Trukikaitis_Postimees, lk 6
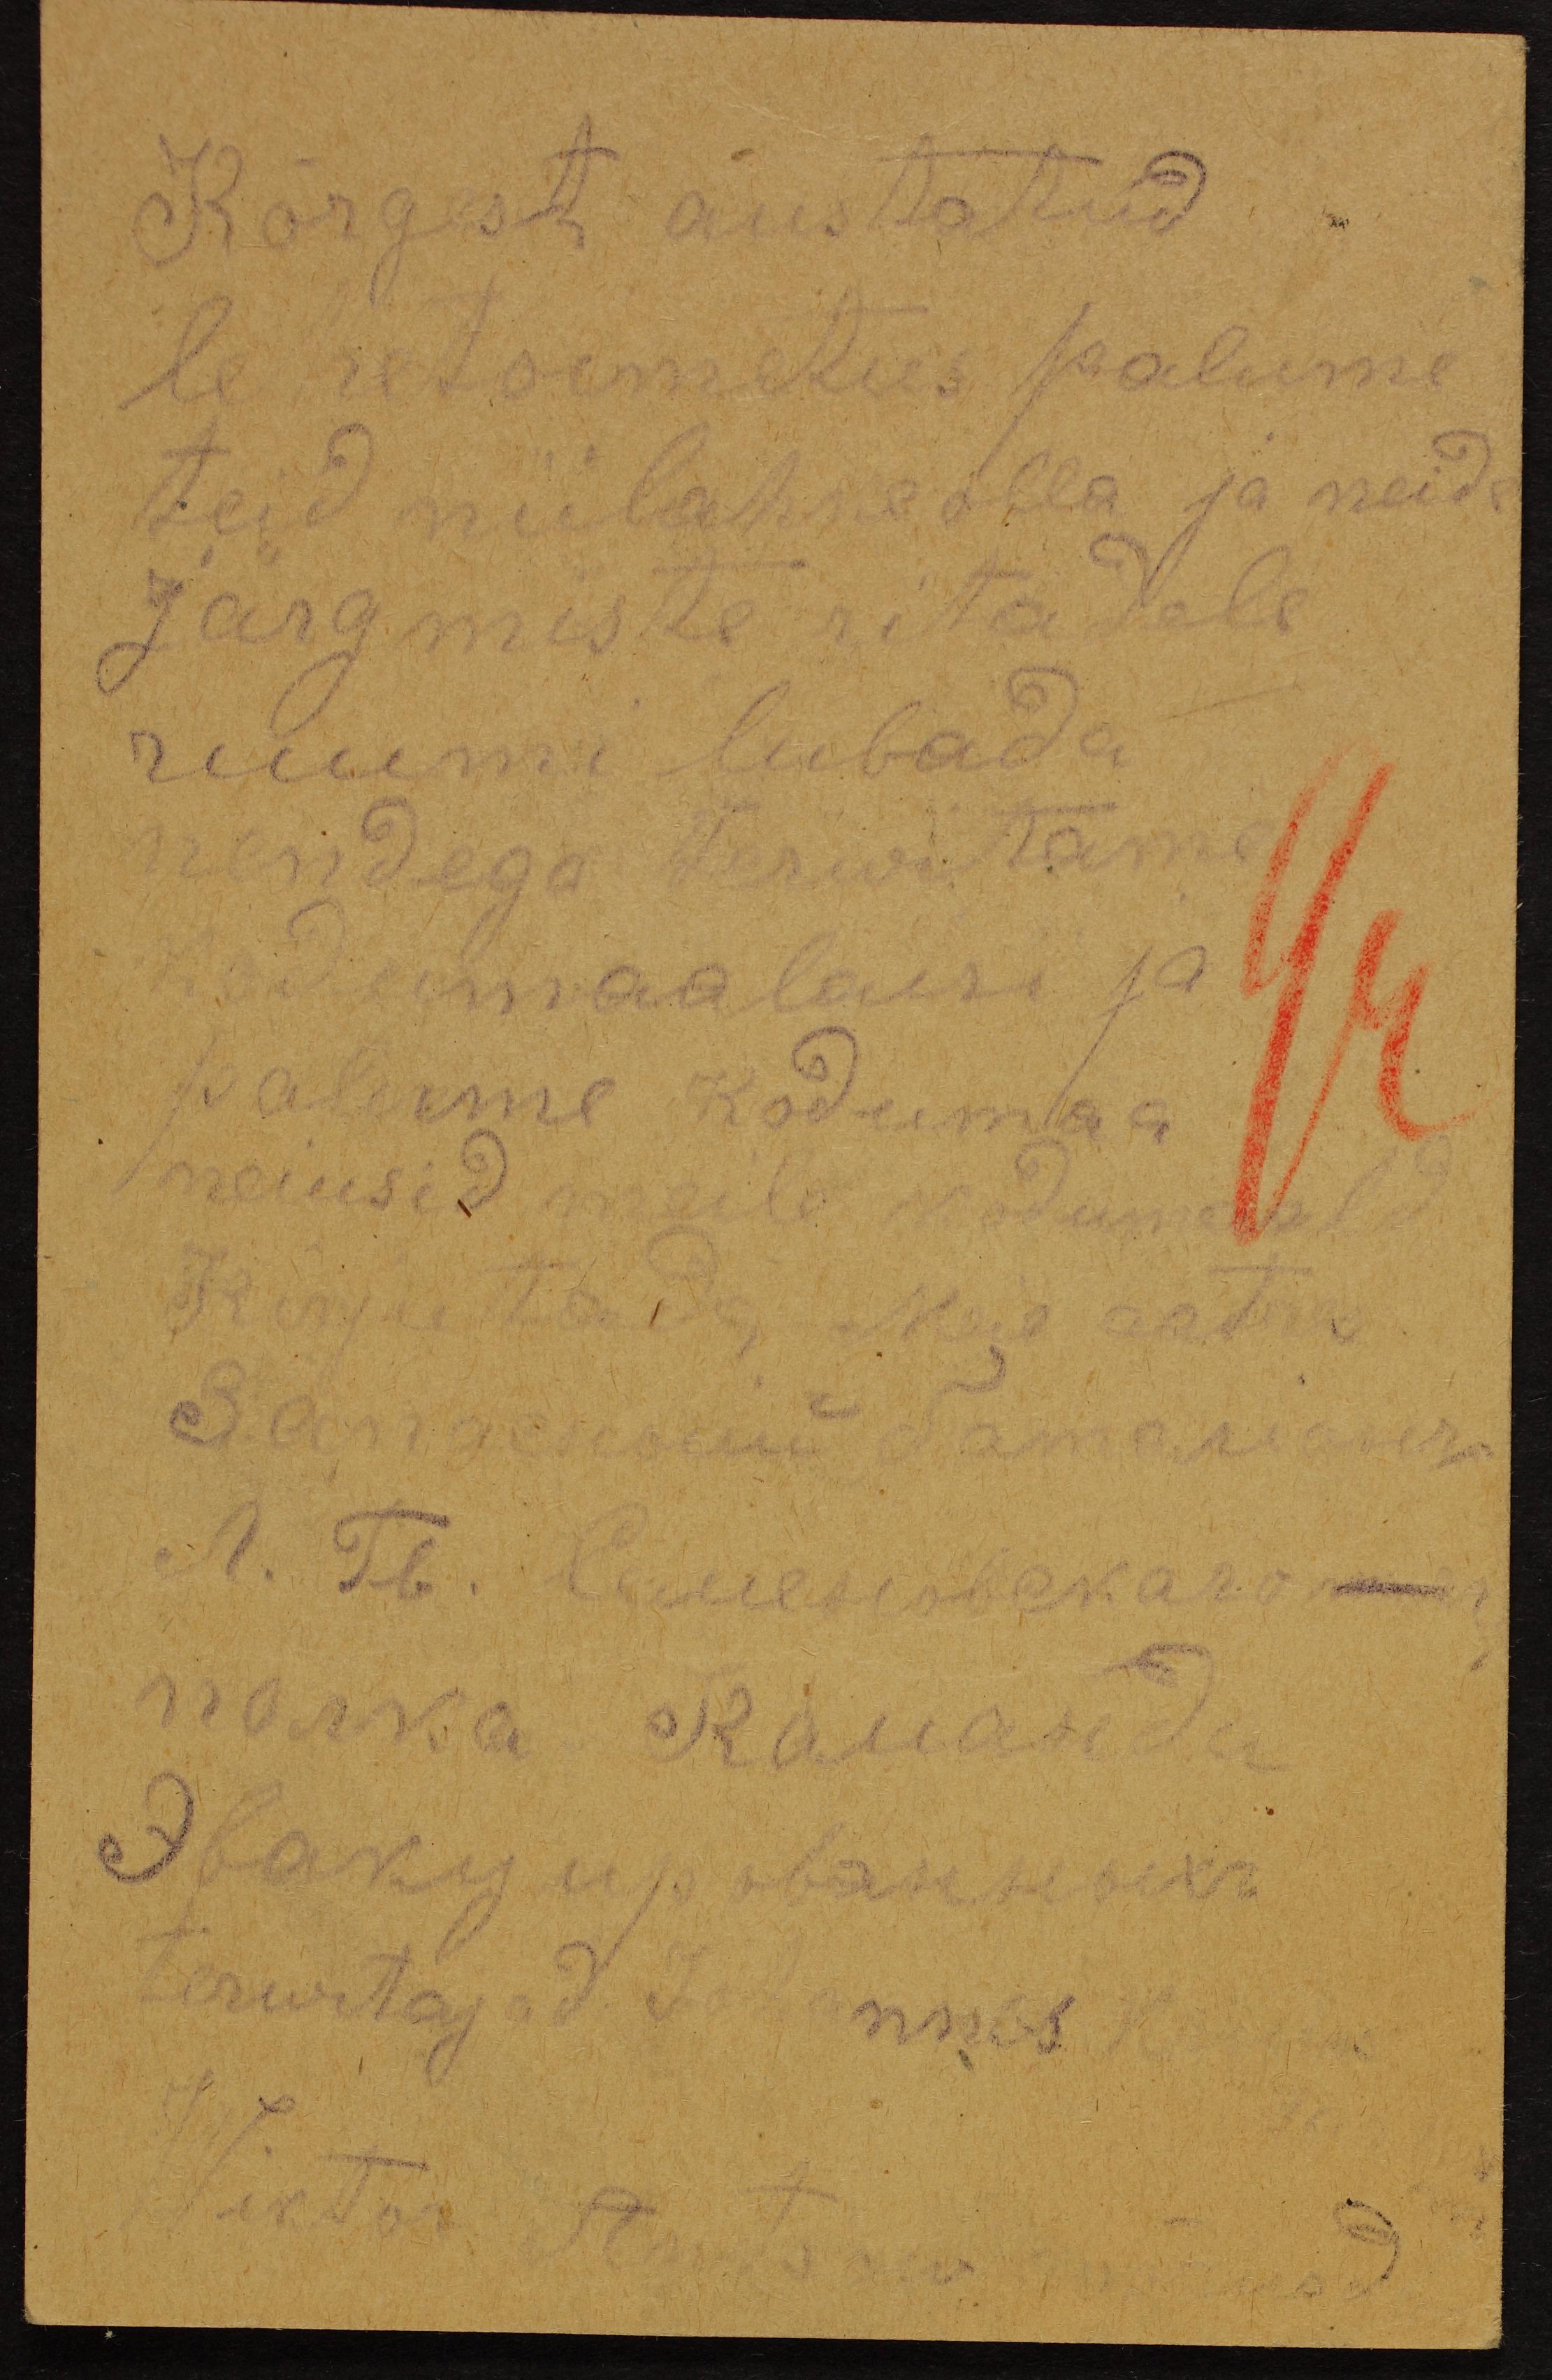
Kõrgest austatud
lehetoimetus palume
teid nii lahke olla ja neid
järgmiste ritadele
ruumi lubada
nendega terwitame
kodumaalasid ja
palume kodumaa
neiusid meile kodumaal
kirjutada. Meie aatres
terwitajad kinnis kohta
Viktor Amtsaw